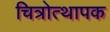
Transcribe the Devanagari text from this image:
चित्रोत्थापक